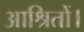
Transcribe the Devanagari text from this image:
आश्रितों।